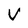
Character: V